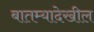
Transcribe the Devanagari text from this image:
बातम्यादेखील